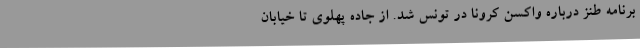
برنامه طنز درباره واکسن کرونا در تونس شد. از جاده پهلوی تا خیابان